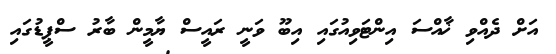
އަށް ދެއްވި ޚާއްސަ އިންޓަވިއުގައި އިބޫ ވަނީ ރައީސް ޔާމީން ބާރު ސްޕީޑުގައި